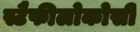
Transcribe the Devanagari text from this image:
स्टैफीलोकोसी